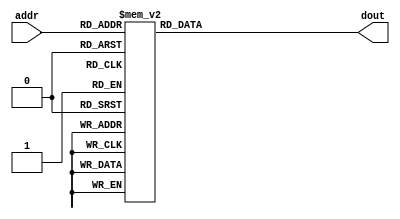
`timescale 1ns / 1ps
//////////////////////////////////////////////////////////////////////////////////
// Company: 
// Engineer: 
// 
// Design Name: 
// Module Name:    InstructionROM 
// Project Name: 
// Target Devices: 
// Tool versions: 
// Description: 
//
// Dependencies: 
//
// Revision: 
// Revision 0.01 - File Created
// Additional Comments: 
//
//////////////////////////////////////////////////////////////////////////////////
module InstructionROM(addr,dout);
	input [5 : 0] addr;
	output [31 : 0] dout;
	reg [31 : 0] dout;
	always @(*)
	case (addr)
		6'd0:dout=32'h20080000;
		6'd1:dout=32'h01294826;
		6'd2:dout=32'h014a5026;
		6'd3:dout=32'h016b5826;
		6'd4:dout=32'h018c6026;
		6'd5:dout=32'h21290001;
		6'd6:dout=32'h214a0002;
		6'd7:dout=32'h216bffff;
		6'd8:dout=32'h8d0c0000;
		6'd9:dout=32'h21080004;
		6'd10:dout=32'h012b6820;
		6'd11:dout=32'had0d0000;
		6'd12:dout=32'h21080004;
		6'd13:dout=32'h012a6820;
		6'd14:dout=32'had0d0000;
		6'd15:dout=32'h21080004;
		6'd16:dout=32'h012b6822;
		6'd17:dout=32'had0d0000;
		6'd18:dout=32'h21080004;
		6'd19:dout=32'h01496823;
		6'd20:dout=32'had0d0000;
		6'd21:dout=32'h21080004;
		6'd22:dout=32'h012b6824;
		6'd23:dout=32'had0d0000;
		6'd24:dout=32'h21080004;
		6'd25:dout=32'h316d0010;
		6'd26:dout=32'had0d0000;
		6'd27:dout=32'h21080004;
		6'd28:dout=32'h012a6825;
		6'd29:dout=32'had0d0000;
		6'd30:dout=32'h21080004;
		6'd31:dout=32'h01696827;
		6'd32:dout=32'had0d0000;
		6'd33:dout=32'h21080004;
		6'd34:dout=32'h01696826;
		6'd35:dout=32'had0d0000;
		6'd36:dout=32'h21080004;
		6'd37:dout=32'h21ad0001;
		6'd38:dout=32'h1da00001;
		6'd39:dout=32'h08000025;
		6'd40:dout=32'had0d0000;
		6'd41:dout=32'h21080004;
		6'd42:dout=32'h15a90001;
		6'd43:dout=32'h01ad6826;
		6'd44:dout=32'had0d0000;
		6'd45:dout=32'h21080004;
		6'd46:dout=32'h200e00c8;
		6'd47:dout=32'h01ad6826;
		6'd48:dout=32'h01c00008;
		6'd49:dout=32'h21ad0010;
		6'd50:dout=32'h21ad0008;
		6'd51:dout=32'had0d0000;
		6'd52:dout=32'h21080004;
		6'd53:dout=32'h200e2000;
		6'd54:dout=32'h8dc90000;
		6'd55:dout=32'h014b4820;
		6'd56:dout=32'h01295820;
		6'd57:dout=32'had0b0000;
		6'd58:dout=32'h0800003a;
		default:dout=32'h00000000;
	endcase
endmodule